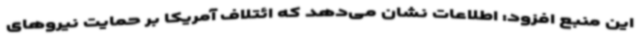
این منبع افزود: اطلاعات نشان می‌دهد که ائتلاف آمریکا بر حمایت نیروهای